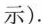
示).